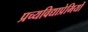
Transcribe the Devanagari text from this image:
प्रच्यविद्याप्रेमियों